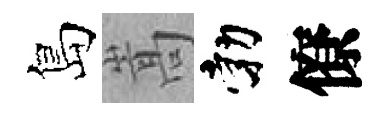
島嵩勃僚